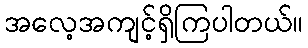
အလေ့အကျင့်ရှိကြပါတယ်။